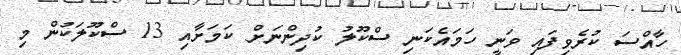
ހާއްސަ ކުރެވިފައި ވަނީ ހަމައެކަނި ސްކޫލު ކުދިންނަށް ކަމަށާއި 13 ސްކޫލަކުން މި